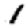
Digit: 1